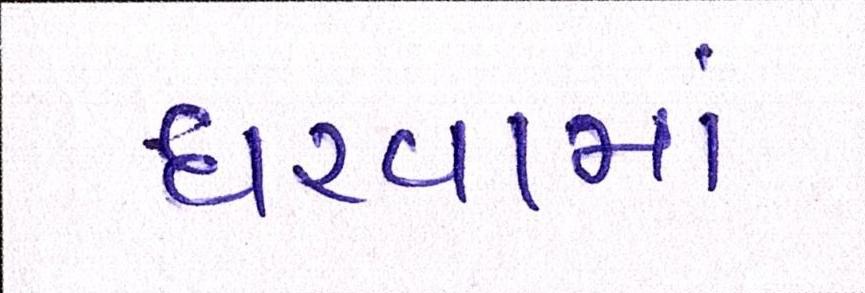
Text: ધરવામાં